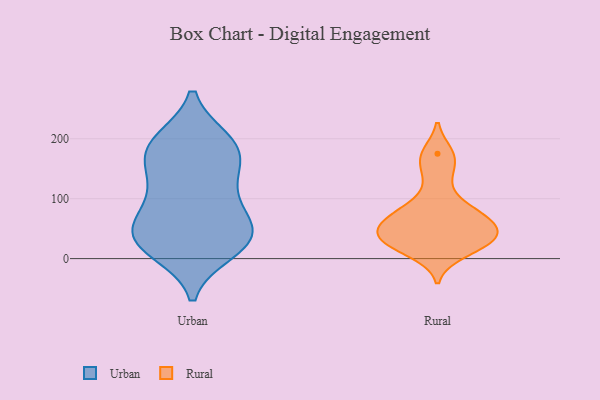
{"axis": {"x": "Shipments", "y": "Value"}, "legend": ["Rural", "Urban"], "data": [{"x": "", "y": 187, "type": "Urban"}, {"x": "", "y": 87, "type": "Urban"}, {"x": "", "y": 103, "type": "Urban"}, {"x": "", "y": 47, "type": "Urban"}, {"x": "", "y": 164, "type": "Urban"}, {"x": "", "y": 18, "type": "Urban"}, {"x": "", "y": 12, "type": "Urban"}, {"x": "", "y": 150, "type": "Urban"}, {"x": "", "y": 39, "type": "Urban"}, {"x": "", "y": 42, "type": "Urban"}, {"x": "", "y": 193, "type": "Urban"}, {"x": "", "y": 19, "type": "Urban"}, {"x": "", "y": 51, "type": "Urban"}, {"x": "", "y": 105, "type": "Urban"}, {"x": "", "y": 197, "type": "Urban"}, {"x": "", "y": 150, "type": "Urban"}, {"x": "", "y": 195, "type": "Urban"}, {"x": "", "y": 43, "type": "Urban"}, {"x": "", "y": 10, "type": "Rural"}, {"x": "", "y": 23, "type": "Rural"}, {"x": "", "y": 136, "type": "Rural"}, {"x": "", "y": 29, "type": "Rural"}, {"x": "", "y": 60, "type": "Rural"}, {"x": "", "y": 45, "type": "Rural"}, {"x": "", "y": 175, "type": "Rural"}, {"x": "", "y": 168, "type": "Rural"}, {"x": "", "y": 71, "type": "Rural"}, {"x": "", "y": 39, "type": "Rural"}, {"x": "", "y": 93, "type": "Rural"}, {"x": "", "y": 36, "type": "Rural"}, {"x": "", "y": 70, "type": "Rural"}, {"x": "", "y": 30, "type": "Rural"}, {"x": "", "y": 70, "type": "Rural"}]}